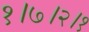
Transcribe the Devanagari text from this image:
१।७।२।१